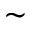
\sim